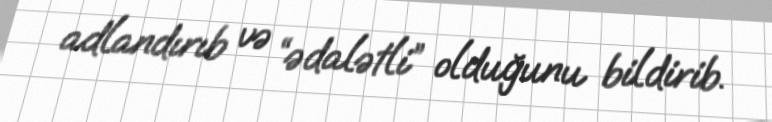
adlandırıb və “ədalətli” olduğunu bildirib.